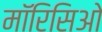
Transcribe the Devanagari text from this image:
मॉरिसिओ